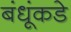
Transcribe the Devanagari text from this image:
बंधूंकडे